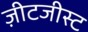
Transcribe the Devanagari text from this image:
ज़ीटजीस्ट